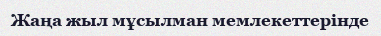
Жаңа жыл мұсылман мемлекеттерінде